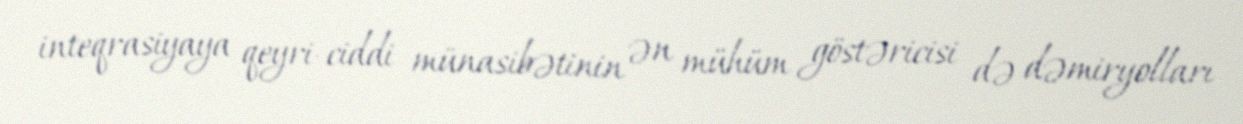
inteqrasiyaya qeyri-ciddi münasibətinin ən mühüm göstəricisi də dəmiryolları